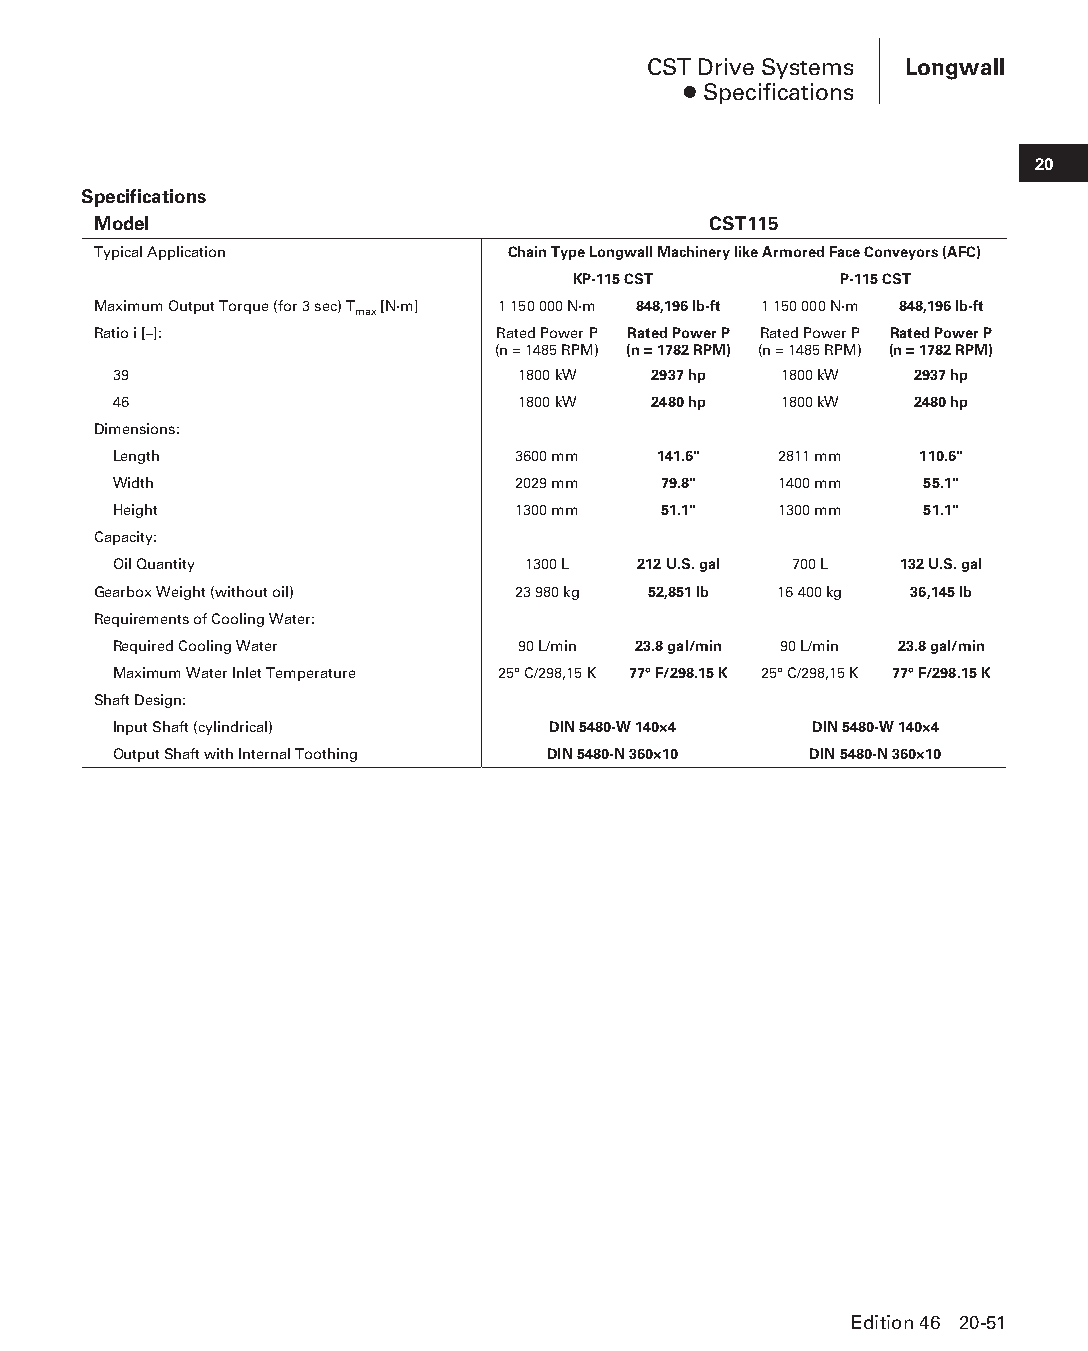
CST Drive Systems Longwall
 ● Specifications
 20
 Specifications
 Model                                   CST115
 Typical Application        Chain Type Longwall Machinery like Armored Face Conveyors (AFC)
 KP-115 CST        P-115 CST
 Maximum Output Torque (for 3 sec) T [N·m] 1 150 000 N·m 848,196 lb-ft 1 150 000 N·m 848,196 lb-ft
 max
 Ratio i [–]:              Rated Power P Rated Power P Rated Power P Rated Power P
 (n = 1485 RPM) (n = 1782 RPM) (n = 1485 RPM) (n = 1782 RPM)
 39                         1800 kW 2937 hp  1800 kW  2937 hp
 46                         1800 kW 2480 hp  1800 kW  2480 hp
 Dimensions:
 Length                    3600 mm   141.6"  2811 mm  110.6"
 Width                     2029 mm   79.8"   1400 mm  55.1"
 Height                    1300 mm   51.1"   1300 mm  51.1"
 Capacity:
 Oil Quantity               1300 L  212 U.S. gal 700 L 132 U.S. gal
 Gearbox Weight (without oil) 23 980 kg 52,851 lb 16 400 kg 36,145 lb
 Requirements of Cooling Water:
 Required Cooling Water     90 L/min 23.8 gal/min 90 L/min 23.8 gal/min
 Maximum Water Inlet Temperature 25° C/298,15 K 77° F/298.15 K 25° C/298,15 K 77° F/298.15 K
 Shaft Design:
 Input Shaft (cylindrical)    DIN 5480-W 140×4 DIN 5480-W 140×4
 Output Shaft with Internal Toothing DIN 5480-N 360×10 DIN 5480-N 360×10
 Edition 46 20-51
 PPHHBB--SSeecc2200--LLoonnggwwaallll((ppgg002255--112200))..iinndddd 5511 1122//44//1155 1111::0022 AAMM